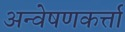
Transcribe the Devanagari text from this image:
अन्वेषणकर्त्ता